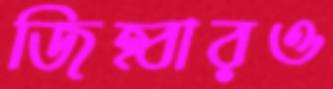
জিহ্বারও